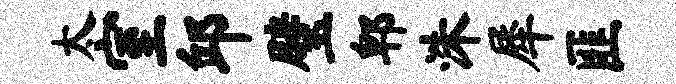
太室邱璧郫洙犀匪